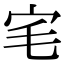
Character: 宒